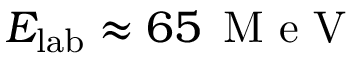
E _ { \mathrm { l a b } } \approx 6 5 \, \mathrm { ~ M ~ e ~ V ~ }